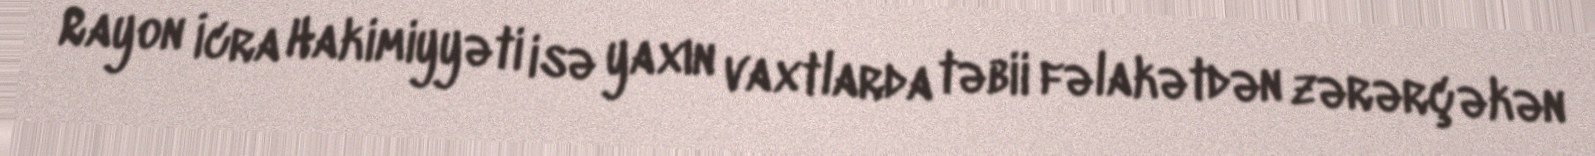
Rayon İcra Hakimiyyəti isə yaxın vaxtlarda təbii fəlakətdən zərərçəkən